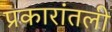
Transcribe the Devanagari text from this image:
प्रकारांतली